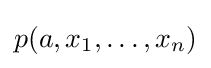
p(a,x_{1},\ldots ,x_{n})